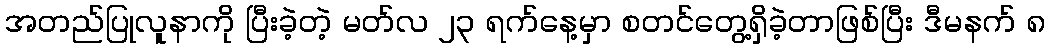
အတည်ပြုလူနာကို ပြီးခဲ့တဲ့ မတ်လ ၂၃ ရက်နေ့မှာ စတင်တွေ့ရှိခဲ့တာဖြစ်ပြီး ဒီမနက် ၈